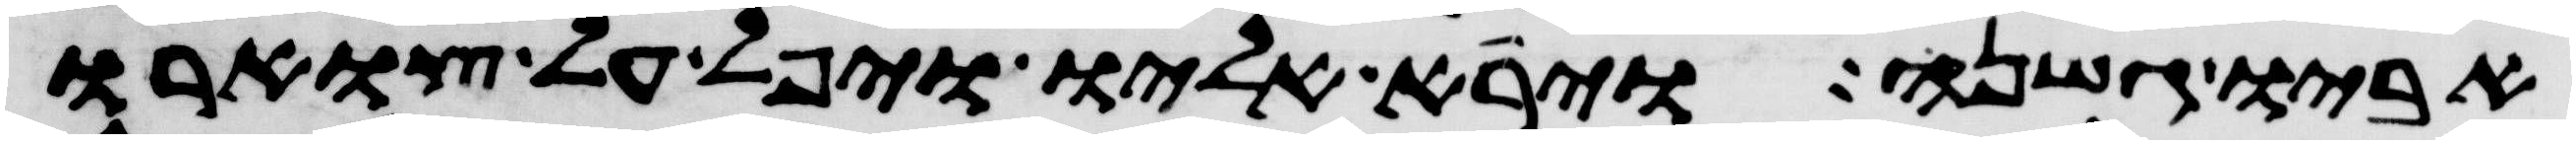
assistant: אביו גשנה וירא אליו ויפל על צוארו